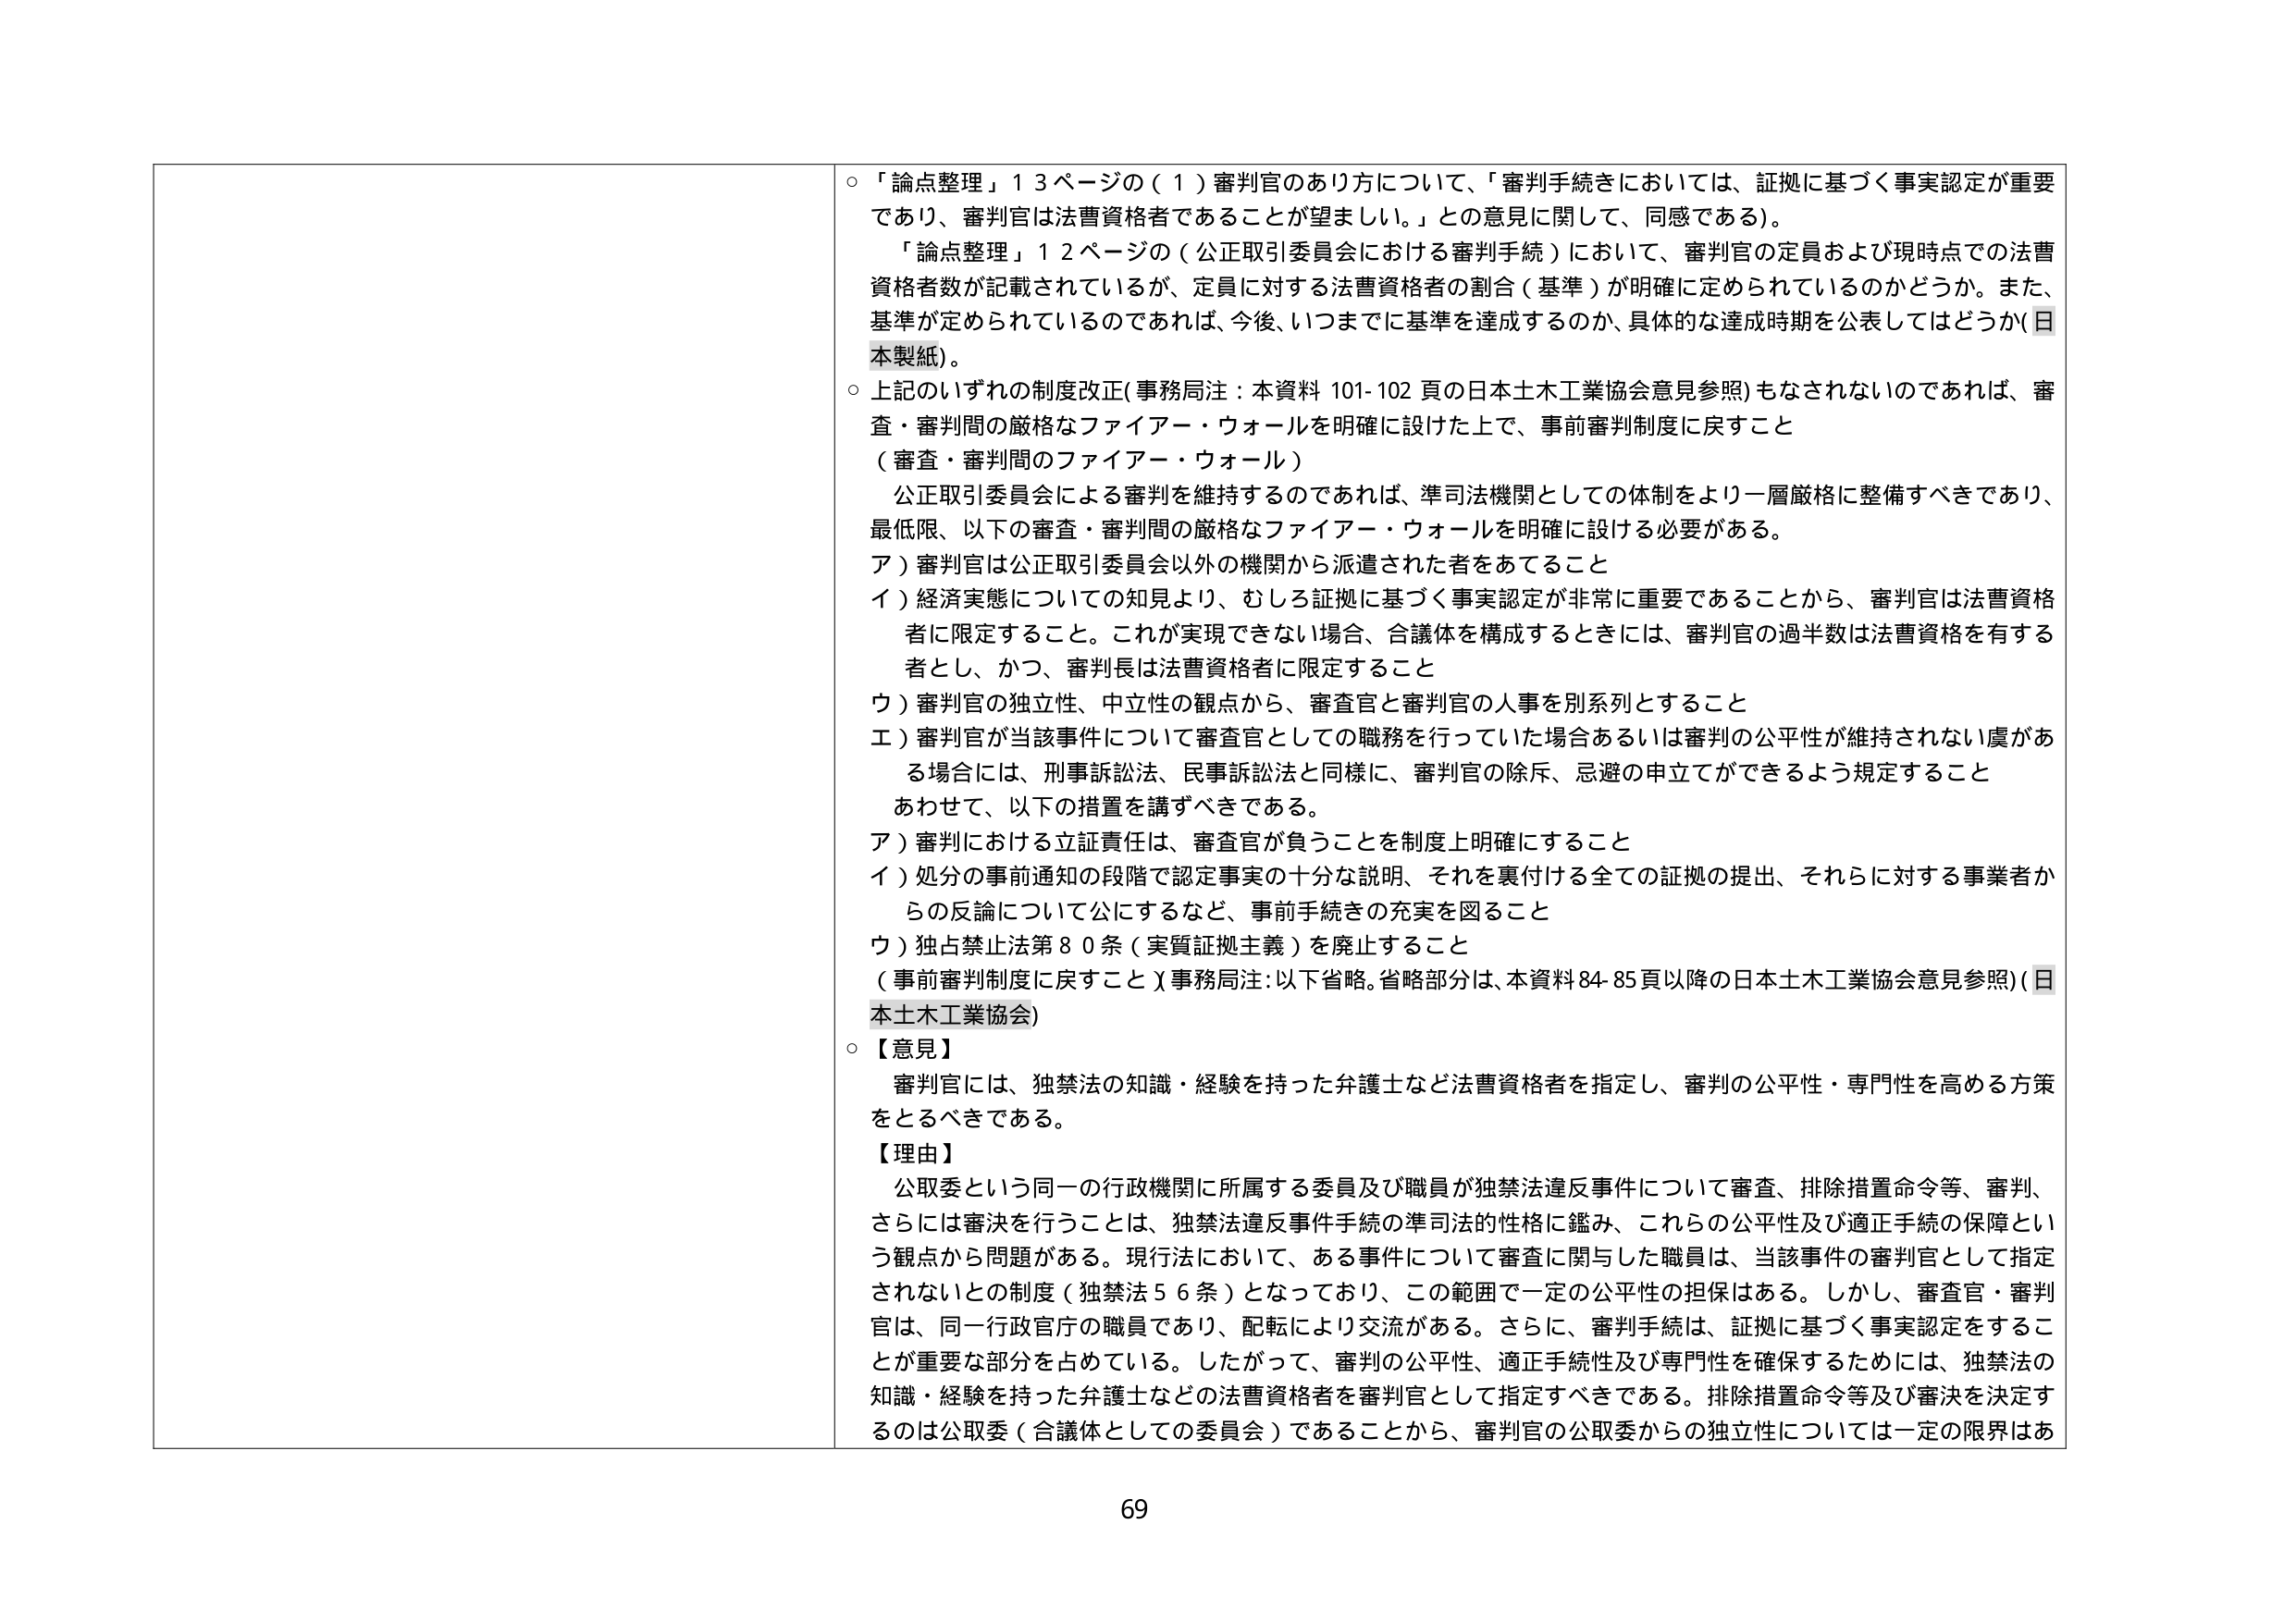
○ 「論点整理」１３ページの（１）審判官のあり方について、「審判手続きにおいては、証拠に基づく事実認定が重要であり、審判官は法曹資格者であることが望ましい。」との意見に関して、同感である）。

「論点整理」１２ページの（公正取引委員会における審判手続）において、審判官の定員および現時点での法曹資格者数が記載されているが、定員に対する法曹資格者の割合（基準）が明確に定められているのかどうか。また、基準が定められているのであれば、今後、いつまでに基準を達成するのか、具体的な達成時期を公表してはどうか（日本製紙）。

○ 上記のいずれの制度改正（事務局注：本資料 101-102 頁の日本土木工業協会意見参照）もなされないのであれば、審査・審判間の厳格なファイアー・ウォールを明確に設けた上で、事前審判制度に戻すこと
（審査・審判間のファイアー・ウォール）

公正取引委員会による審判を維持するのであれば、準司法機関としての体制をより一層厳格に整備すべきであり、最低限、以下の審査・審判間の厳格なファイアー・ウォールを明確に設ける必要がある。

ア）審判官は公正取引委員会以外の機関から派遣された者をあてること

イ）経済実態についての知見より、むしろ証拠に基づく事実認定が非常に重要であることから、審判官は法曹資格者に限定すること。これが実現できない場合、合議体を構成するときには、審判官の過半数は法曹資格を有する者とし、かつ、審判長は法曹資格者に限定すること

ウ）審判官の独立性、中立性の観点から、審査官と審判官の人事を別系列とすること

エ）審判官が当該事件について審査官としての職務を行っていた場合あるいは審判の公平性が維持されない虞がある場合には、刑事訴訟法、民事訴訟法と同様に、審判官の除斥、忌避の申立てができるよう規定すること

あわせて、以下の措置を講ずべきである。

ア）審判における立証責任は、審査官が負うことを制度上明確にすること

イ）処分の事前通知の段階で認定事実の十分な説明、それを裏付ける全ての証拠の提出、それらに対する事業者からの反論について公にするなど、事前手続きの充実を図ること

ウ）独占禁止法第８０条（実質証拠主義）を廃止すること

（事前審判制度に戻すこと）事務局注：以下省略。省略部分は、本資料84-85頁以降の日本土木工業協会意見参照）（日本土木工業協会）

○ 【意見】
審判官には、独禁法の知識・経験を持った弁護士など法曹資格者を指定し、審判の公平性・専門性を高める方策をとるべきである。

【理由】
公取委という同一の行政機関に所属する委員及び職員が独禁法違反事件について審査、排除措置命令等、審判、さらには審決を行うことは、独禁法違反事件手続の準司法的性質に鑑み、これらの公平性及び適正手続の保障という観点から問題がある。現行法において、ある事件について審査に関与した職員は、当該事件の審判官として指定されないとの制度（独禁法５６条）となっており、この範囲で一定の公平性の担保はある。しかし、審査官・審判官は、同一行政官庁の職員であり、配転により交流がある。さらに、審判手続は、証拠に基づく事実認定をすることが重要な部分を占めている。したがって、審判の公平性、適正手続性及び専門性を確保するためには、独禁法の知識・経験を持った弁護士などの法曹資格者を審判官として指定すべきである。排除措置命令等及び審決を決定するのは公取委（合議体としての委員会）であることから、審判官の公取委からの独立性については一定の限界はあ

69